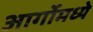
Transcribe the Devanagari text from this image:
आर्गोमध्ये